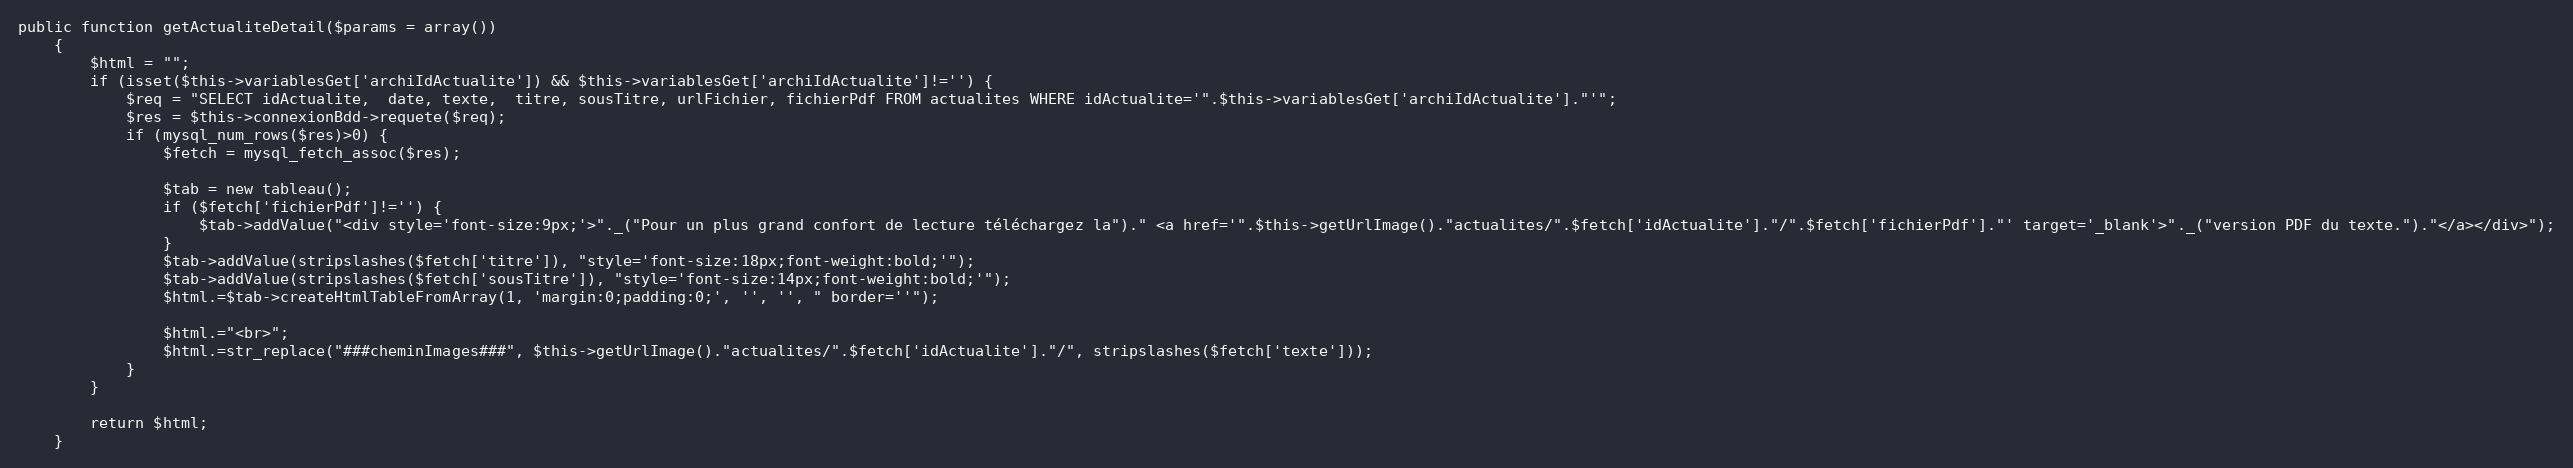
Language: PHP
public function getActualiteDetail($params = array())
	{
		$html = "";
		if (isset($this->variablesGet['archiIdActualite']) && $this->variablesGet['archiIdActualite']!='') {
			$req = "SELECT idActualite,  date, texte,  titre, sousTitre, urlFichier, fichierPdf FROM actualites WHERE idActualite='".$this->variablesGet['archiIdActualite']."'";
			$res = $this->connexionBdd->requete($req);
			if (mysql_num_rows($res)>0) {
				$fetch = mysql_fetch_assoc($res);

				$tab = new tableau();
				if ($fetch['fichierPdf']!='') {
					$tab->addValue("<div style='font-size:9px;'>"._("Pour un plus grand confort de lecture téléchargez la")." <a href='".$this->getUrlImage()."actualites/".$fetch['idActualite']."/".$fetch['fichierPdf']."' target='_blank'>"._("version PDF du texte.")."</a></div>");
				}
				$tab->addValue(stripslashes($fetch['titre']), "style='font-size:18px;font-weight:bold;'");
				$tab->addValue(stripslashes($fetch['sousTitre']), "style='font-size:14px;font-weight:bold;'");
				$html.=$tab->createHtmlTableFromArray(1, 'margin:0;padding:0;', '', '', " border=''");

				$html.="<br>";
				$html.=str_replace("###cheminImages###", $this->getUrlImage()."actualites/".$fetch['idActualite']."/", stripslashes($fetch['texte']));
			}
		}

		return $html;
	}